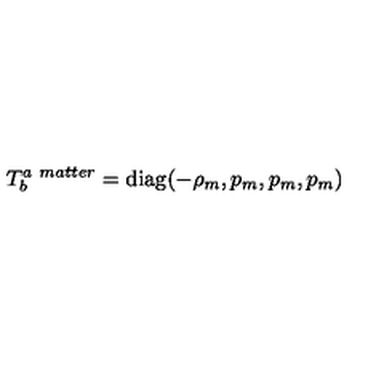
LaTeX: T _ { b } ^ { a \ m a t t e r } = \mathrm { d i a g } ( - \rho _ { m } , p _ { m } , p _ { m } , p _ { m } )